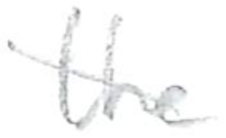
Text: the
Cross-out: diagonal
Writing tool: pencil